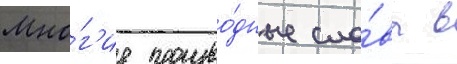
Мно́г'ие произво́дные сло́ва в